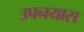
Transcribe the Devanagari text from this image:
उपनयास